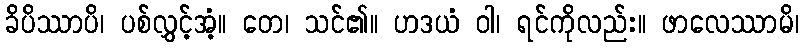
ခိပိဿာပိ၊ ပစ်လွှင့်အံ့။ တေ၊ သင်၏။ ဟဒယံ ဝါ၊ ရင်ကိုလည်း။ ဖာလေဿာမိ၊